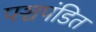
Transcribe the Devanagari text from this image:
पञ्चपंडित